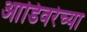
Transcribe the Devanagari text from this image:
आडिवरेच्या